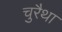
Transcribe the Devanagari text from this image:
चुरैथा